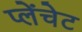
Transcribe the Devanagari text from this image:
प्लेंचेट